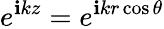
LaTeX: e^{\mathbf{i}kz}=e^{\mathbf{i}kr\cos\theta}